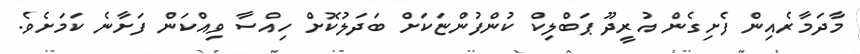
މާދަމާރެއިން ފެށިގެން އުރީދޫ ޕަބްލިކް ކުންފުންޏަކަށް ބަދަލުކޮށް ހިއްސާ ވިއްކަން ފަށާނެ ކަމަށެވެ.